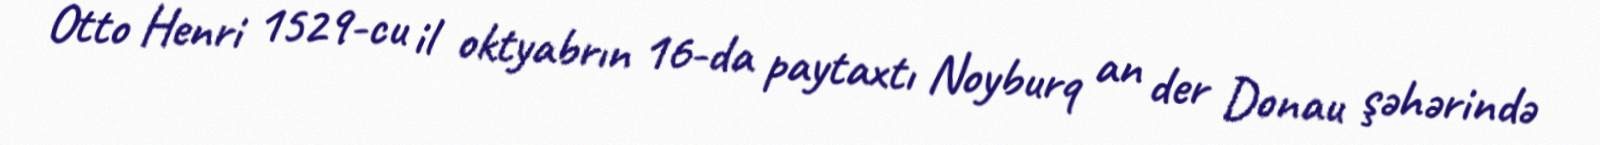
Otto Henri 1529-cu il oktyabrın 16-da paytaxtı Noyburq an der Donau şəhərində